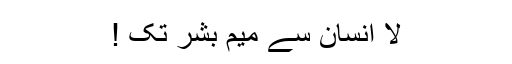
لا انسان سے میم بشر تک !